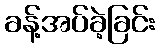
ခန့်အပ်ခဲ့ခြင်း